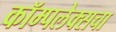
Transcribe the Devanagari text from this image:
कॉम्पलेक्सचा